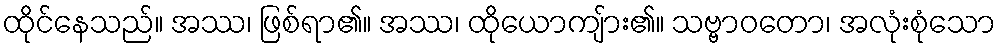
ထိုင်နေသည်။ အဿ၊ ဖြစ်ရာ၏။ အဿ၊ ထိုယောကျ်ား၏။ သဗ္ဗာဝတော၊ အလုံးစုံသော